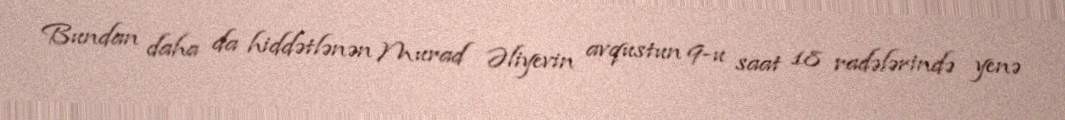
Bundan daha da hiddətlənən Murad Əliyevin avqustun 9-u saat 18 radələrində yenə